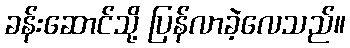
ခန်းဆောင်သို့ ပြန်လာခဲ့လေသည်။